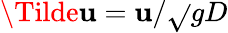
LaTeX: \Tilde{\mathbf{u}}=\mathbf{u}/\sqrt{}{{gD}}